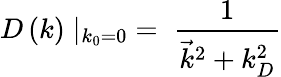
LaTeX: D\left(k\right)\mid_{k_{0}=0}\; =\; {\frac{1}{{\vec{k}}^{2}+k_{D}^{2}}}